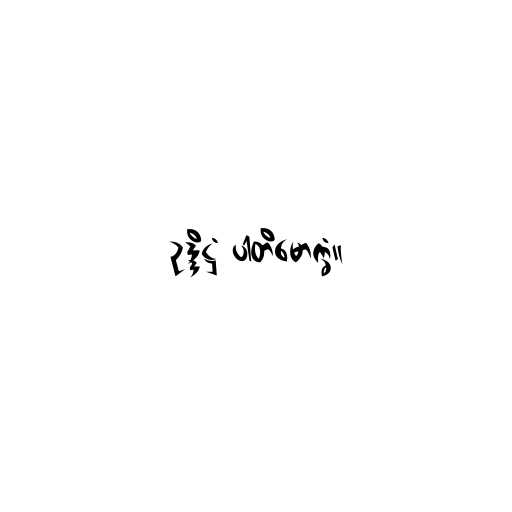
ဥဒ္ဒိဋ္ဌံ ပါတိမောက္ခံ။